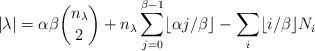
LaTeX: \begin{align*}|\lambda| = \alpha \beta \binom{n_{\lambda}}{2} +n_{\lambda} \sum_{j = 0}^{\beta - 1} \lfloor \alpha j / \beta \rfloor - \sum_{i} \lfloor i/\beta \rfloor N_i\end{align*}